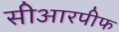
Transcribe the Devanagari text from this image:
सीआरपीफ